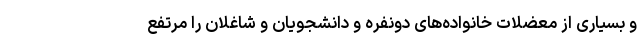
و بسیاری از معضلات خانواده‌های دونفره و دانشجویان و شاغلان را مرتفع